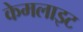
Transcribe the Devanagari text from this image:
केमलाइट